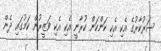
ސަރުކާރުގެ އެކި އެކި ކަންކަން ކުރާނީ އެކި އެކި ވަޒީރުން ކަމުގައި ދެން